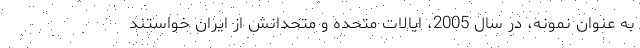
به عنوان نمونه، در سال 2005، ایالات متحده و متحدانش از ایران خواستند